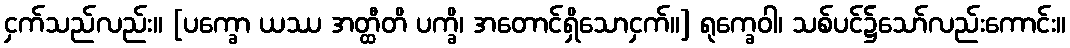
ငှက်သည်လည်း။ [ပက္ခော ယဿ အတ္ထီတိ ပက္ခိ၊ အတောင်ရှိသောငှက်။] ရုက္ခေဝါ၊ သစ်ပင်၌သော်လည်းကောင်း။